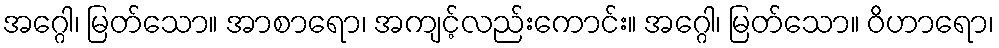
အဂ္ဂေါ၊ မြတ်သော။ အာစာရော၊ အကျင့်လည်းကောင်း။ အဂ္ဂေါ၊ မြတ်သော။ ဝိဟာရော၊